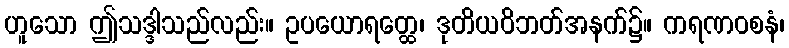
ဟူသော ဤသဒ္ဒါသည်လည်း။ ဥပယောရတ္ထေ၊ ဒုတိယဝိဘတ်အနက်၌။ ကရဏဝစနံ၊